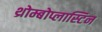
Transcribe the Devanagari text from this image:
थ्रोम्बोप्लास्टिन